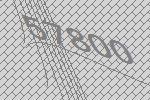
57800